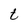
Character: t